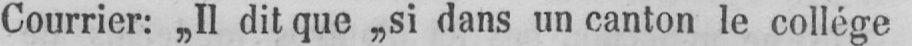
Courrier: „Il dit que „si dans un canton le collége